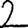
Digit: 2